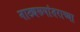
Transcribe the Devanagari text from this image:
नाट्यरूपांतराच्या